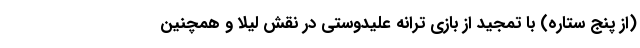
(از پنج ستاره) با تمجید از بازی ترانه علیدوستی در نقش لیلا و همچنین